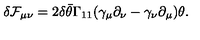
\delta { \cal F } _ { \mu \nu } = 2 \delta \bar { \theta } \Gamma _ { 1 1 } ( \gamma _ { \mu } \partial _ { \nu } - \gamma _ { \nu } \partial _ { \mu } ) \theta .